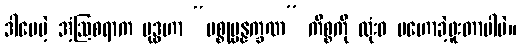
ဒါပေမဲ့ အံ့ဩစရာက ဗုဒ္ဓဟာ “ပစ္စုပ္ပန္နက္ခဏ” ကိစ္စကို လုံးဝ မဟောခဲ့ဖူးတာပါပဲ။